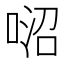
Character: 𠶕